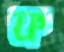
ফ